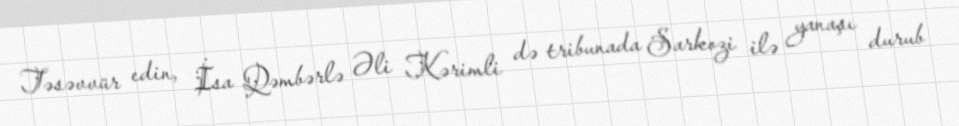
Təsəvvür edin, İsa Qəmbərlə Əli Kərimli də tribunada Sarkozi ilə yanaşı durub